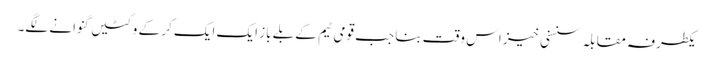
یکطرفہ مقابلہ سنسنی خیز اس وقت بنا جب قومی ٹیم کے بلے باز ایک ایک کر کے وکٹیں گنوانے لگے۔